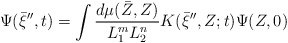
\begin{align*}\Psi(\bar \xi^{\prime\prime},t)=\int \frac{d\mu(\bar Z, Z)}{L_1^{m}L_2^{n}}K(\bar \xi^{\prime\prime},Z;t) \Psi(Z,0)\end{align*}